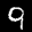
Label: 9